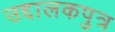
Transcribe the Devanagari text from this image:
उद्दालकपुत्र